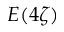
E ( 4 \zeta )